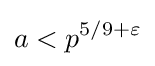
a<p^{5/9+\varepsilon }